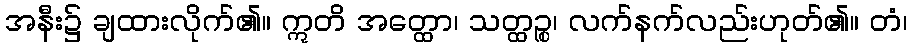
အနီး၌ ချထားလိုက်၏။ ဣတိ အတ္ထော၊ သတ္ထဉ္စ၊ လက်နက်လည်းဟုတ်၏။ တံ၊